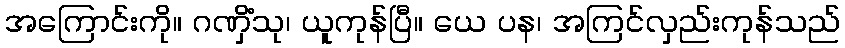
အကြောင်းကို။ ဂဏှိံသု၊ ယူကုန်ပြီ။ ယေ ပန၊ အကြင်လှည်းကုန်သည်